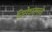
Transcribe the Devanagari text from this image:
प्रिसेशनमुळे